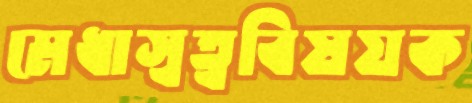
মেধাস্বত্ববিষয়ক